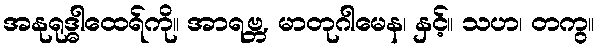
အနုရုဒ္ဓါထေရ်ကို။ အာရဗ္ဘ, မာတုဂါမေန၊ နှင့်။ သဟ၊ တကွ။